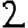
Digit: 2